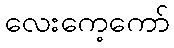
လေးကေ့ကော်